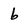
Character: 6